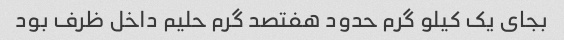
بجای یک کیلو گرم حدود هفتصد گرم حلیم داخل ظرف بود